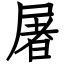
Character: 屠